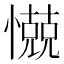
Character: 𰒗